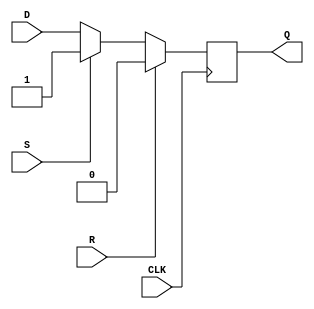
module neg_edge_dff (
    input wire D,
    input wire CLK,
    input wire R,
    input wire S,
    output reg Q
);

always @(negedge CLK) begin
    if (R) begin
        Q <= 1'b0;
    end else if (S) begin
        Q <= 1'b1;
    end else begin
        Q <= D;
    end
end

endmodule